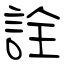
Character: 詮